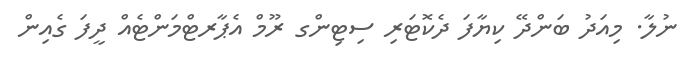
ނުލާ. މިއަދު ބަންދޭ ކިޔާފަ ދެކޮޓަރި ސިޓިންގ ރޫމް އެޕާރޓްމަންޓެއް ދީފަ ގެއިން